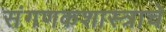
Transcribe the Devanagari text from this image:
संगणकशास्त्राचे